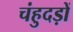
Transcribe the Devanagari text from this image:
चंहुदड़ों